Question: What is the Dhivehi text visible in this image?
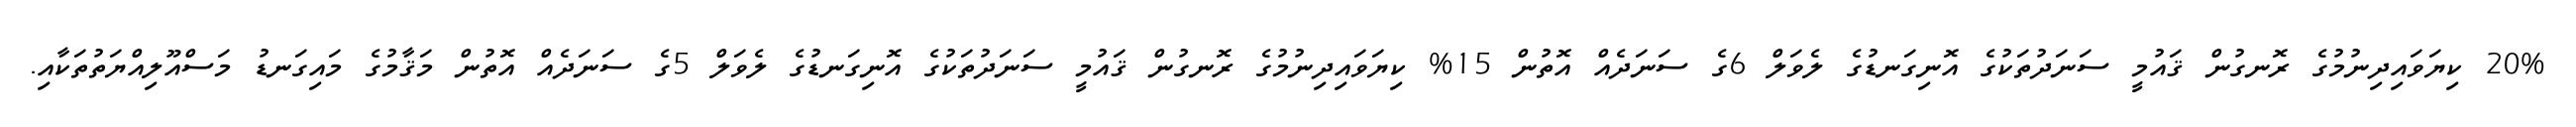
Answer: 20% ކިޔަވައިދިނުމުގެ ރޮނގުން ޤައުމީ ސަނަދުތަކުގެ އޮނިގަނޑުގެ ލެވަލް 6ގެ ސަނަދެއް އޮތުން 15% ކިޔަވައިދިނުމުގެ ރޮނގުން ޤައުމީ ސަނަދުތަކުގެ އޮނިގަނޑުގެ ލެވަލް 5ގެ ސަނަދެއް އޮތުން މަޤާމުގެ މައިގަނޑު މަސްއޫލިއްޔަތުތަކާއި.